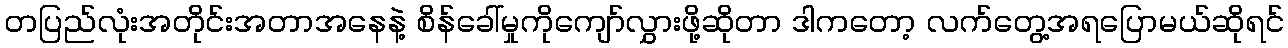
တပြည်လုံးအတိုင်းအတာအနေနဲ့ စိန်ခေါ်မှုကိုကျော်လွှားဖို့ဆိုတာ ဒါကတော့ လက်တွေ့အရပြောမယ်ဆိုရင်